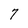
Character: 7